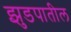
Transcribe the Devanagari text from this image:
झुडपातील